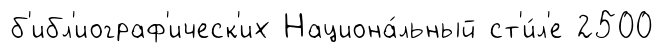
б'ибл'иограф'ическ'их Национа́льный ст'и́л'е 2500